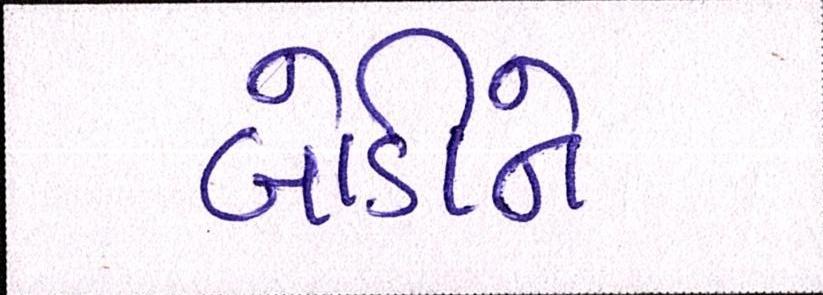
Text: બોડીને